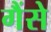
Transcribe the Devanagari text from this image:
गैंसे